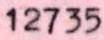
12735